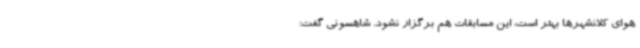
هوای کلانشهرها بهتر است، این مسابقات هم برگزار نشود. شاهسونی گفت: